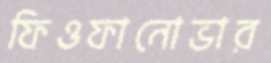
ফিওফানোভার